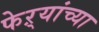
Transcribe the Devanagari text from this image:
फेऱ्यांच्या